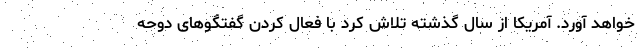
خواهد آورد. آمریکا از سال گذشته تلاش کرد با فعال کردن گفتگوهای دوحه